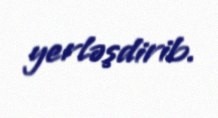
yerləşdirib.